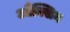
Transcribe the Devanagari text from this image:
औक्सिन